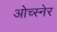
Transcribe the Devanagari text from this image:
ओच्स्नेर